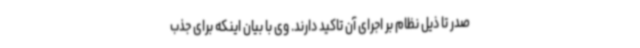
صدر تا ذیل نظام بر اجرای آن تاکید دارند. وی با بیان اینکه برای جذب